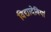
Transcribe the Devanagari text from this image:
विद्यादेवियां